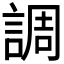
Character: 調